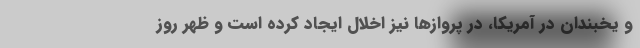
و یخبندان در آمریکا، در پروازها نیز اخلال ایجاد کرده است و ظهر روز